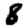
Digit: 8